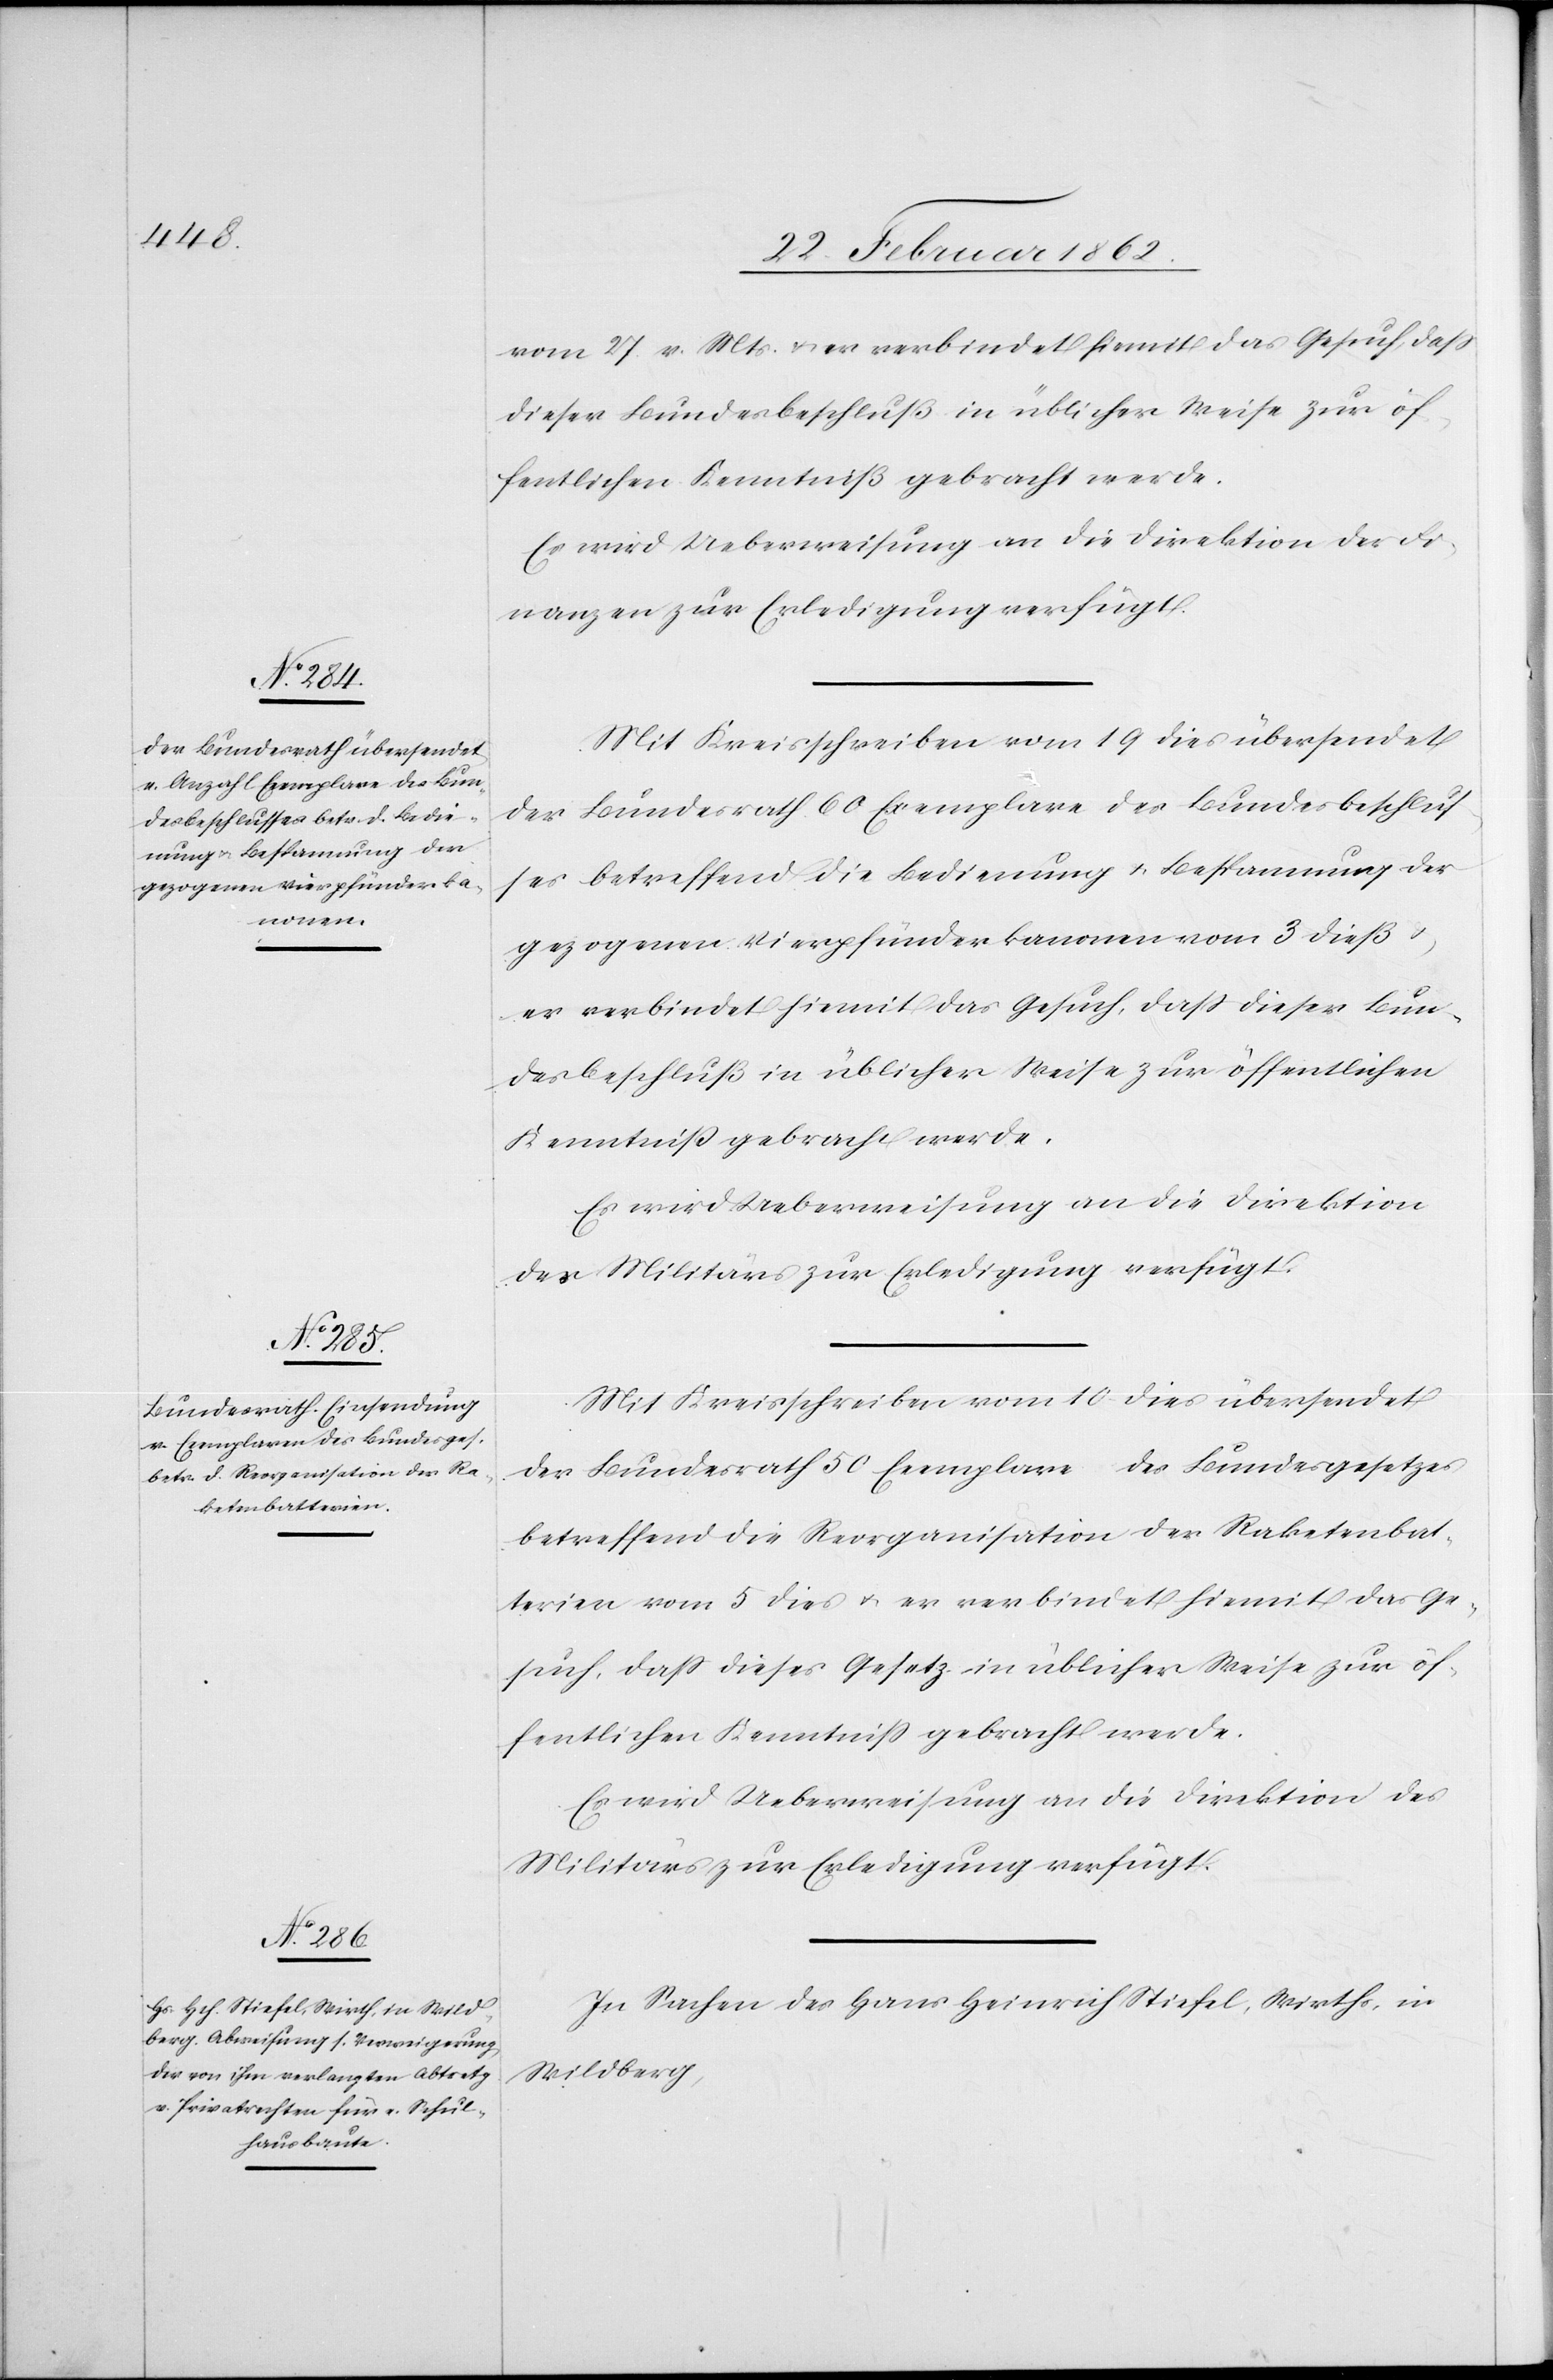
vom 27. v. Mts. u. er verbindet hiemit das Gesuch, daß
dieser Bundesbeschluß in üblicher Weise zur öf¬
fentlichen Kenntniß gebracht werde.
Es wird Ueberweisung an die Direktion der Fi¬
nanzen zur Erledigung verfügt.
Mit Kreisschreiben vom 19 dies übersendet
Bundesrath 60 Exemplare des Bundesbeschlus¬
der
ses betreffend die Bedienung u. Bespannung der
gezogenen Vierpfünderkanonen vom 3 dieß
er verbindet hiemit das Gesuch, daß dieser Bun¬
desbeschluß in üblicher Weise zur öffentlichen
Kenntniß gebracht werde.
Mit Kreisschreiben vom 10 dies übersendet
der Bundesrath 50 Exemplare des Bundesgesetzes
betreffend die Reorganisation der Raketenbat¬
terien vom 5 dies u. er verbindet hiemit das Ge¬
such, daß dieses Gesetz in üblicher Weise zur öf¬
fentlichen Kenntniß gebracht werde.
Es wird Ueberweisung an die Direktion des
Militärs zur Erledigung verfügt.
In Sachen des Hans Heinrich Stiefel, Wirths, in
Wildberg,